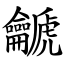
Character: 䶵